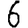
Digit: 6